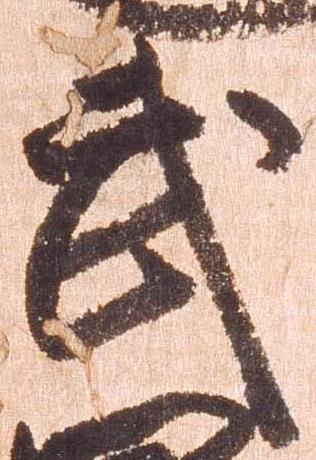
武